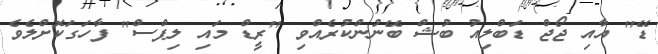
ޑޭ" އާއި ޖޯޖް ޑަބްލިއު ބުޝް ބޭނުންކުރެއްވި "ރީޑް މައި ލިޕްސް" ފާހަގަކޮށްލެވެ